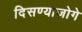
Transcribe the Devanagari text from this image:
दिसण्याजोगे